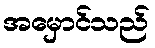
အမှောင်သည်